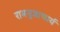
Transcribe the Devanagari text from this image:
रामनुजाचार्य